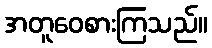
အတူဝေစားကြသည်။